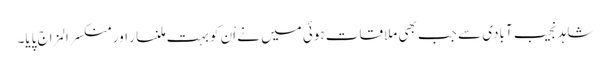
شاہد نجیب آبادی سے جب بھی ملاقات ہوئی میں نے اْن کو بہت ملنسار اور منکسرالمزاج پایا۔